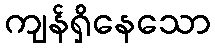
ကျန်ရှိနေသော